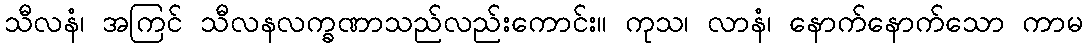
သီလနံ၊ အကြင် သီလနလက္ခဏာသည်လည်းကောင်း။ ကုသ၊ လာနံ၊ နောက်နောက်သော ကာမ